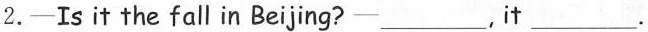
2.—Is it the fall in Beijing?—___, it___.